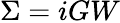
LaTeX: \Sigma=iGW